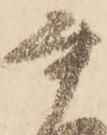
書